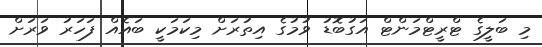
މި ބަލީގެ ޓްރީޓްމަންޓް އަގުބޮޑު ވުމުގެ އިތުރަށް މިކަމަކީ ބައެއް ފަހަރު ވަރަށް